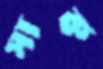
সাক